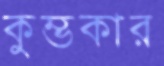
কুম্ভকার